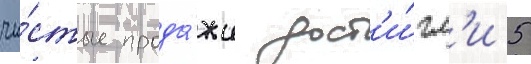
чи́стые прода́жи дост'и́гл'и 5